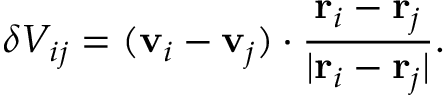
\delta V _ { i j } = ( \mathbf { v } _ { i } - \mathbf { v } _ { j } ) \cdot \frac { \mathbf { r } _ { i } - \mathbf { r } _ { j } } { \vert \mathbf { r } _ { i } - \mathbf { r } _ { j } \vert } .